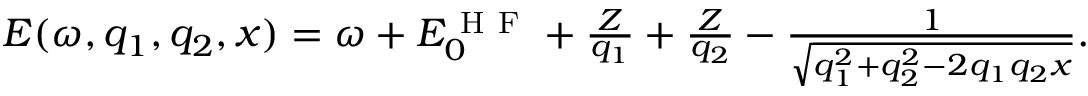
\begin{array} { r } { E ( \omega , q _ { 1 } , q _ { 2 } , x ) = \omega + E _ { 0 } ^ { \mathrm { ~ H ~ F ~ } } + \frac { Z } { q _ { 1 } } + \frac { Z } { q _ { 2 } } - \frac { 1 } { \sqrt { q _ { 1 } ^ { 2 } + q _ { 2 } ^ { 2 } - 2 q _ { 1 } q _ { 2 } x } } . } \end{array}